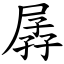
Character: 孱